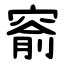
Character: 窬